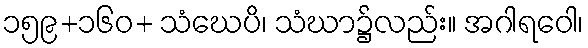
၁၅၉+၁၆၀+ သံဃေပိ၊ သံဃာ၌လည်း။ အဂါရဝေါ၊